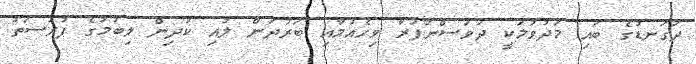
ދަގަނޑުގެ ބައި މަދުވުމަކީ ދުވަސްނުފުރާ ވިހެއުމާއި ބަރުދަން ލުއި ކުދިން ލިބުމުގެ ފުރުސަތު